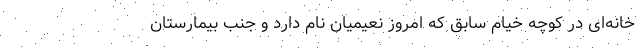
خانه‌ای در کوچه خیام سابق که امروز نعیمیان نام دارد و جنب بیمارستان